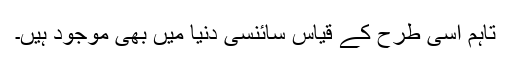
تاہم اسی طرح کے قیاس سائنسی دنیا میں بھی موجود ہیں۔